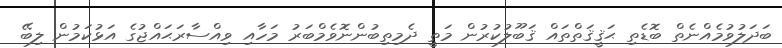
ބަދަލުވުމެއްނެތް ބޮޑެތި ޙަޤީޤަތްތައް ޤަބޫލުކުރުން މަތީ ދެމިތިބުންނޮވެމްބަރު މަހާއި ވިއްސާރަޙައްޖުގެ އަޅުކަމުން ލިބޭ